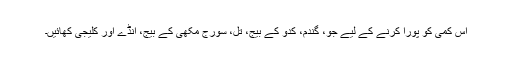
اس کمی کو پورا کرنے کے لیے جو، گندم، کدو کے بیج، تل، سورج مکھی کے بیج، انڈے اور کلیجی کھائیں۔